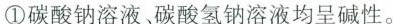
①碳酸钠溶液碳酸氢钠溶液均呈碱性。